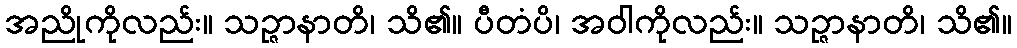
အညိုကိုလည်း။ သဉ္ဇာနာတိ၊ သိ၏။ ပီတံပိ၊ အဝါကိုလည်း။ သဉ္ဇာနာတိ၊ သိ၏။